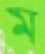
ম